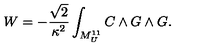
W = - { \frac { \sqrt { 2 } } { \kappa ^ { 2 } } } \int _ { M _ { U } ^ { 1 1 } } C \wedge G \wedge G .